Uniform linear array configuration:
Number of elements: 4
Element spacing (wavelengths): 1
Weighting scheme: blackman
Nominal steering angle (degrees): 45
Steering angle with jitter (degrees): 46.49
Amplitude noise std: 0.05
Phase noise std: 0.05

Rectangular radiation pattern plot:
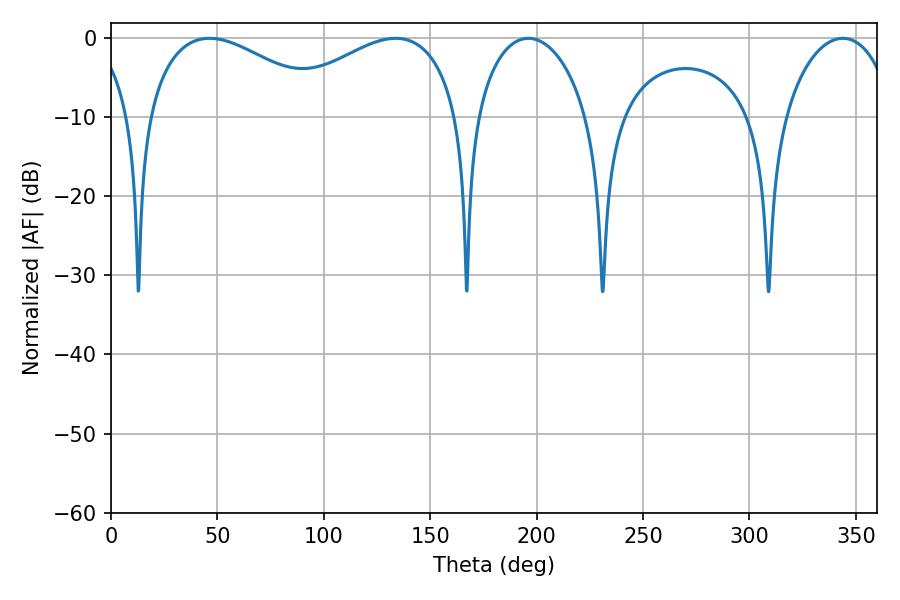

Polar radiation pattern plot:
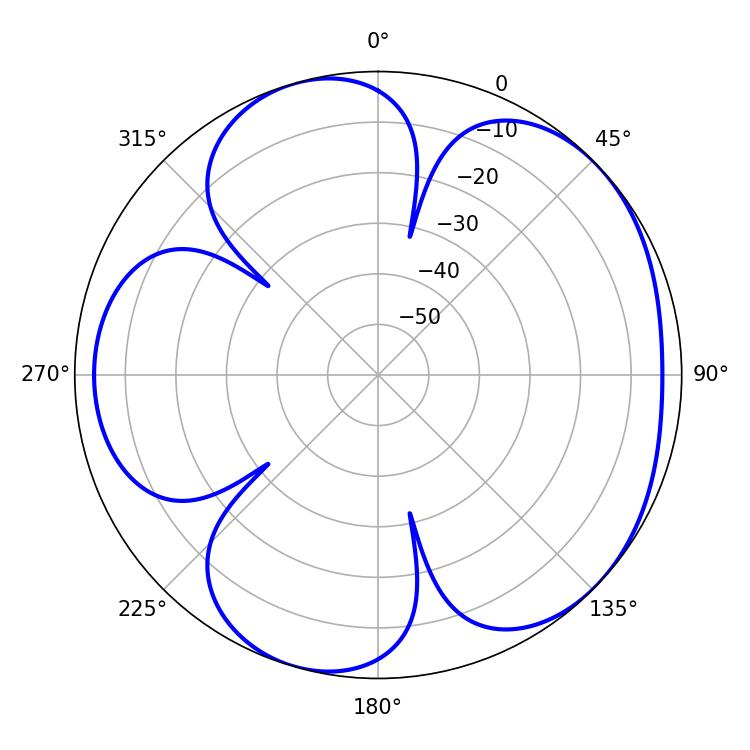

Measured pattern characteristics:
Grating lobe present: TRUE
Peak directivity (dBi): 4.835
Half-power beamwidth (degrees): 48.24
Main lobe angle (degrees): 46.26